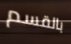
بالقسم